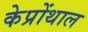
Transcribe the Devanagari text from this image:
केप्रोंथाल